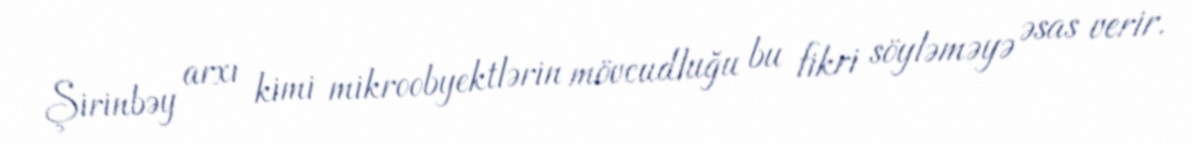
Şirinbəy arxı kimi mikroobyektlərin mövcudluğu bu fikri söyləməyə əsas verir.